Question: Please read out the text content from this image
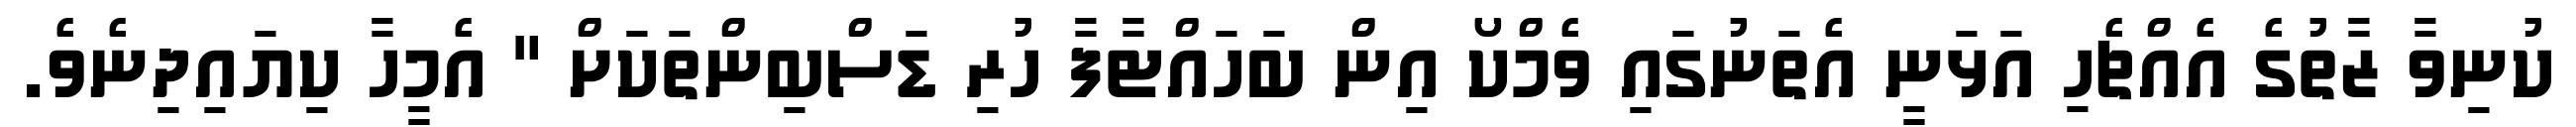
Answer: ކުނިވާ ޒާތުގެ އެއްޗެހި އަޅަނީ އެތަނުގައި ވެމްކޯ އިން ބަހައްޓާފާ ހުރި ޑަސްބިންތަކަށް " އެމީހާ ކިޔައިދިނެވެ.